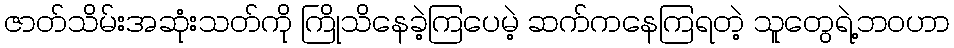
ဇာတ်သိမ်းအဆုံးသတ်ကို ကြိုသိနေခဲ့ကြပေမဲ့ ဆက်ကနေကြရတဲ့ သူတွေရဲ့ဘဝဟာ